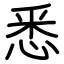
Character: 悉